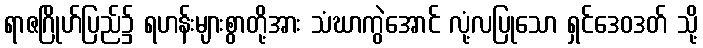
ရာဇဂြိုဟ်ပြည်၌ ရဟန်းများစွာတို့အား သံဃာကွဲအောင် လုံ့လပြုသော ရှင်ဒေဝဒတ် သို့